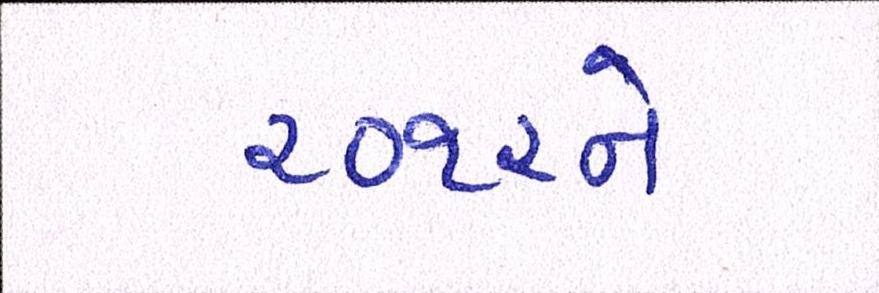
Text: ૨૦૧૨ને